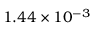
1 . 4 4 \times 1 0 ^ { - 3 }